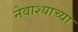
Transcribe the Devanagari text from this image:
नेवाश्याच्या